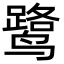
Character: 鹭